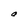
Character: a